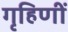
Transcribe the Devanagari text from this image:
गृहिणीं